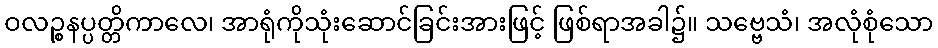
ဝလဉ္စနပ္ပတ္တိကာလေ၊ အာရုံကိုသုံးဆောင်ခြင်းအားဖြင့် ဖြစ်ရာအခါ၌။ သဗ္ဗေသံ၊ အလုံစုံသော